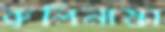
ব্রুলিনাস্কা